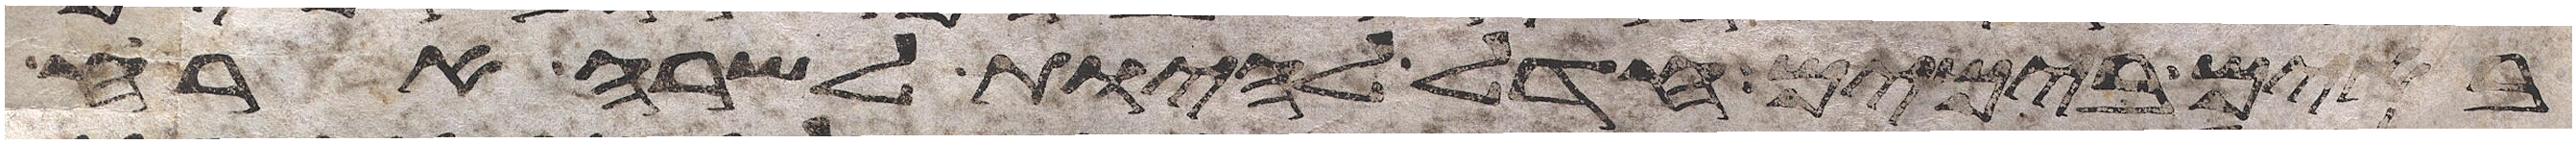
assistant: באים בימים חדל להיות לשרה ארח